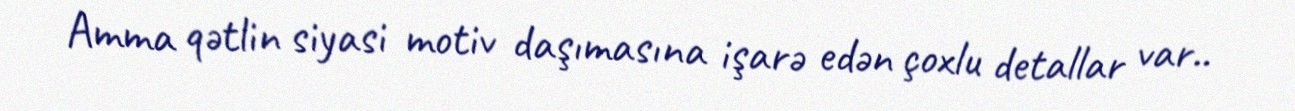
Amma qətlin siyasi motiv daşımasına işarə edən çoxlu detallar var..